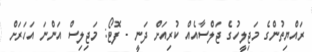
ރައްޔިތުންގެ މަޖިލީހުގެ ޖަލްސާއެއް ކުރިއަށް ދަނީ - ފޮޓޯ: މަޖިލިސް އަންނަ އަހަރަށް